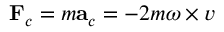
\mathbf { F } _ { c } = m \mathbf { a } _ { c } = - 2 m { \boldsymbol { \omega \times v } }